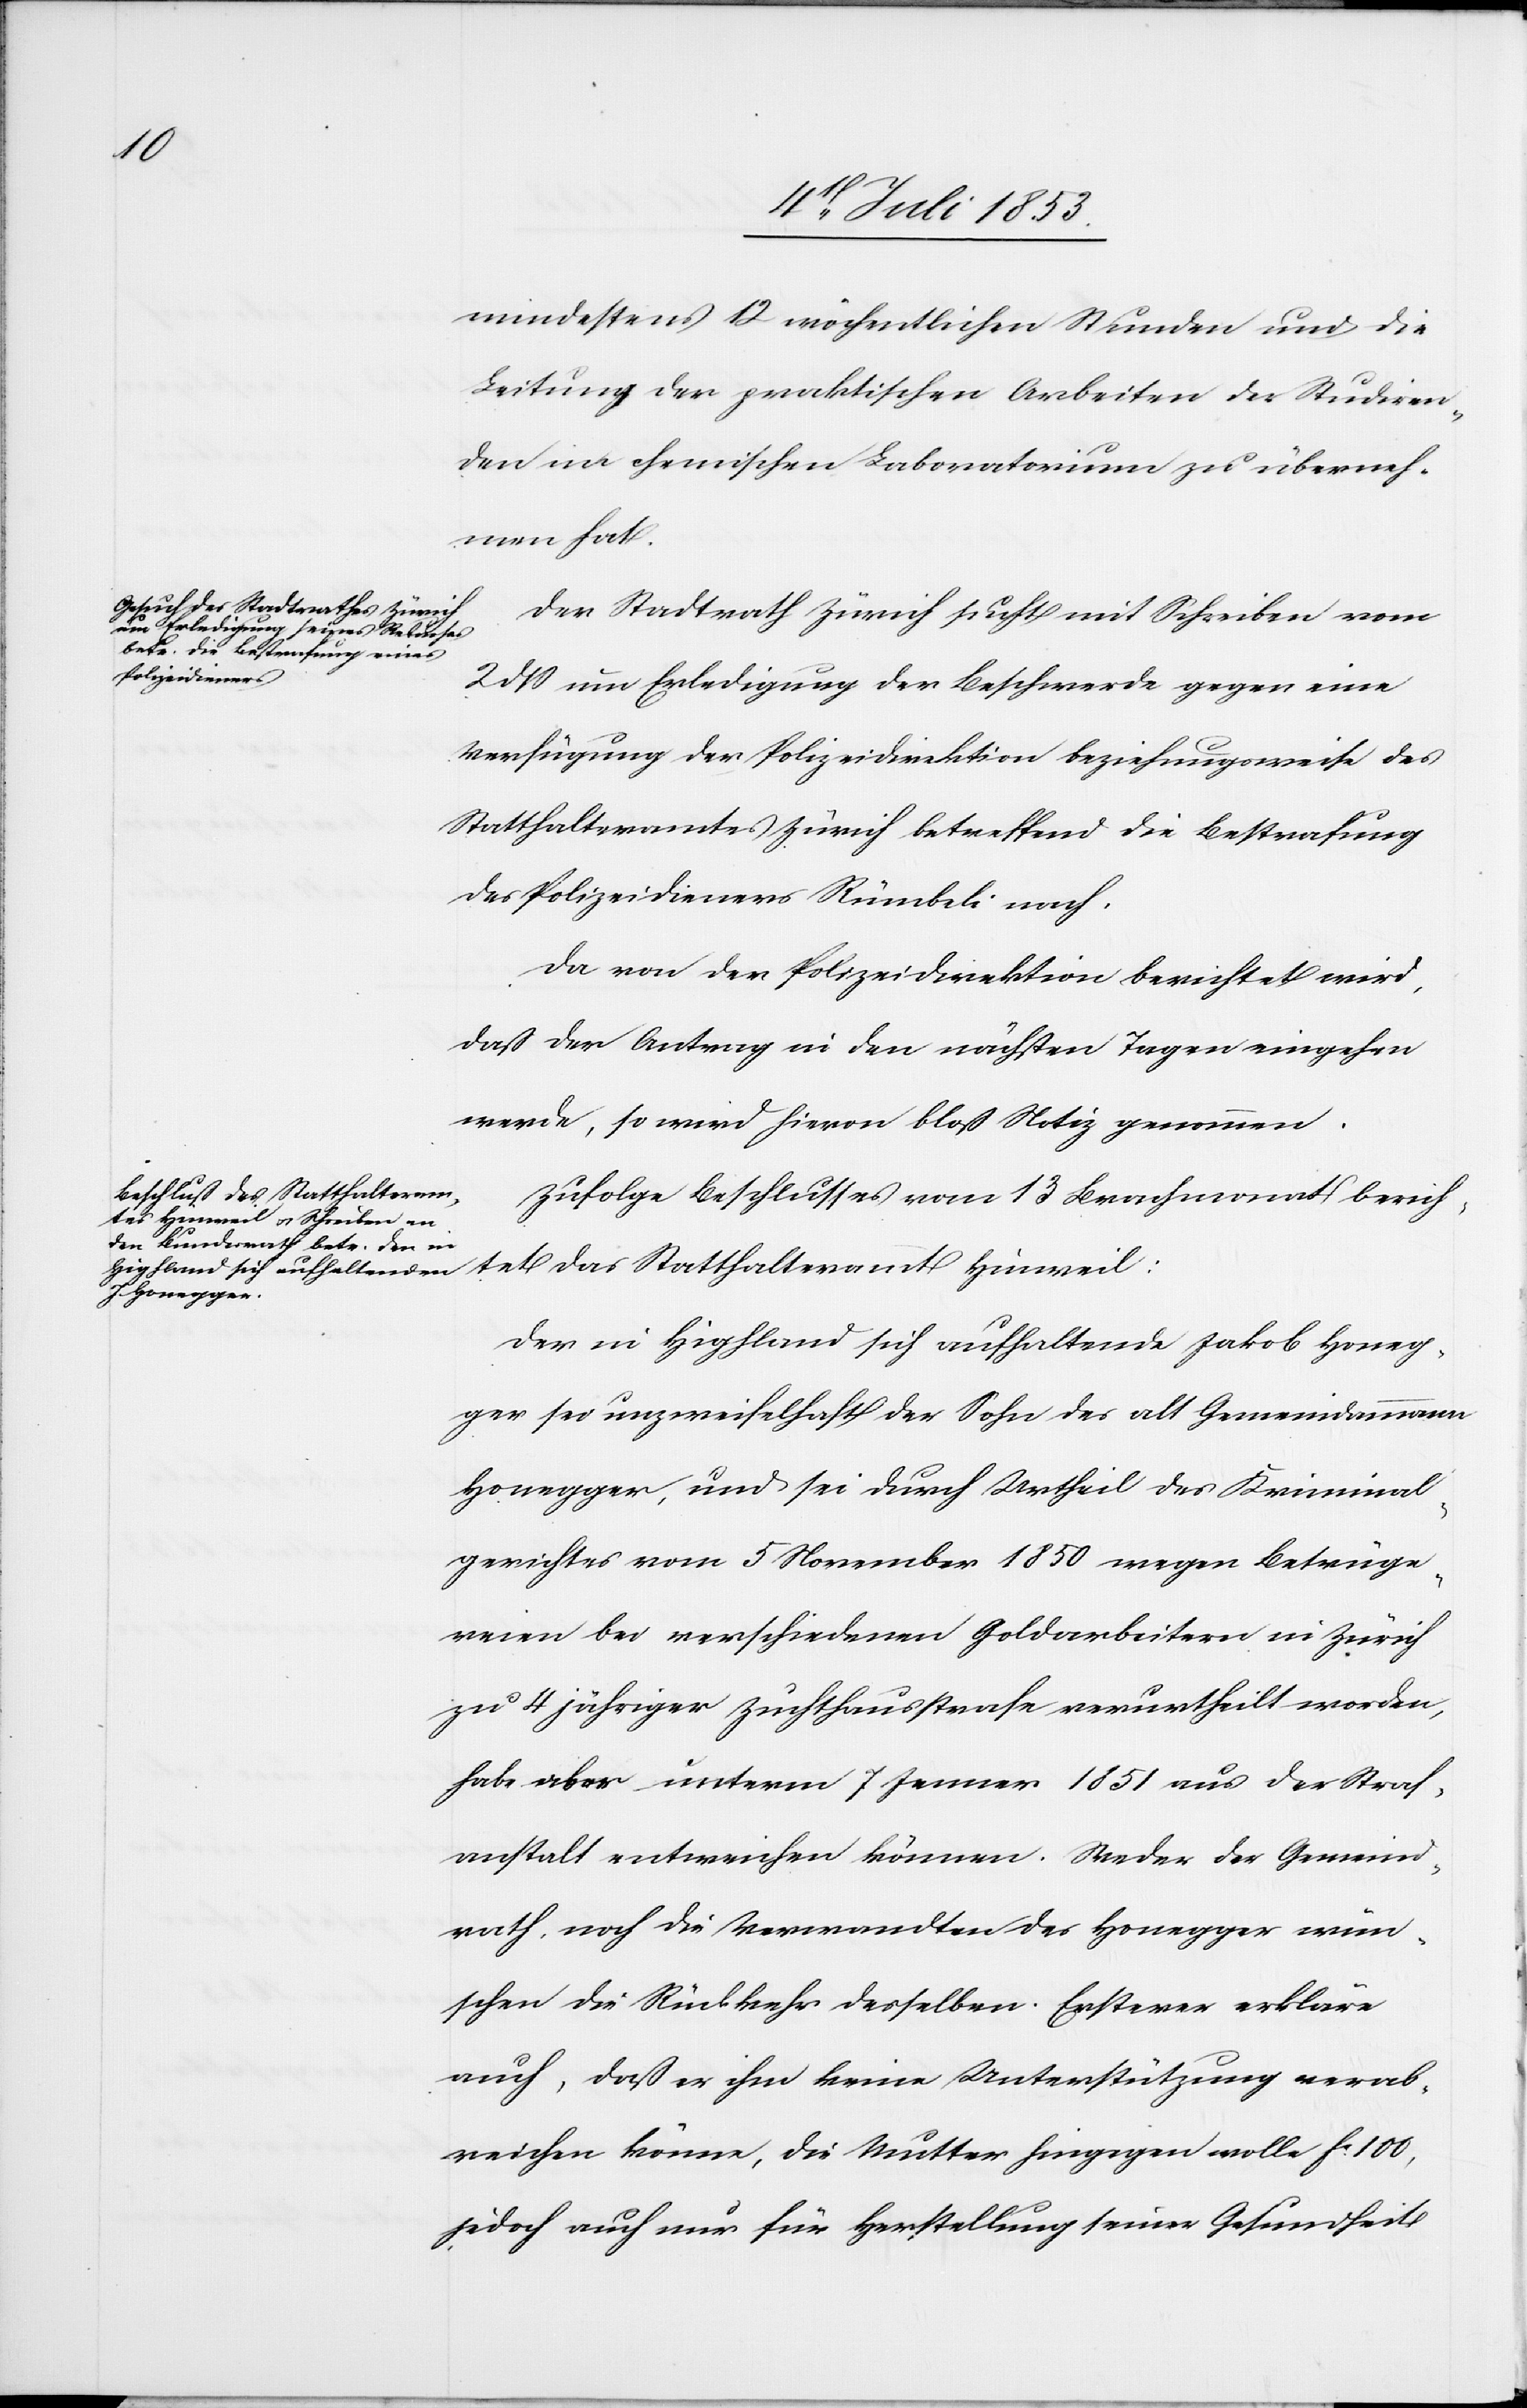
mindestens 12 wöchentlichen Stunden und die
Leitung der praktischen Arbeiten der Studiren¬
den im chemischen Laboratorium zu überneh¬
men hat.
Der Stadtrath Zürich sucht mit Schreiben vom
2 dß um Erledigung der Beschwerde gegen eine
Verfügung der Polizeidirektion beziehungsweise des
Statthalteramtes Zürich betreffend die Bestrafung
des Polizeidieners Rümbli nach.
Da von der Polizeidirektion berichtet wird,
daß der Antrag in den nächsten Tagen eingehen
werde, so wird hievon bloß Notiz genommen.
Zufolge Beschlußes vom 13 Brachmonat berich¬
tet das Statthalteramt Hinweil:
Der in Highland sich aufhaltende Jakob Honeg¬
ger sei unzweifelhaft der Sohn des alt Gemeindammann
Honegger, und sei durch Urtheil des Kriminal¬
gerichtes vom 5 November 1850 wegen Betrüge¬
reien bei verschiedenen Goldarbeitern in Zürich
zu 4 jähriger Zuchthausstrafe verurtheilt worden,
habe aber unterm 7 Jenner 1851 aus der Straf¬
anstalt entweichen können. Weder der Gemeind¬
rath noch die Verwandten des Honegger wün¬
schen die Rückkehr desselben. Ersterer erkläre
auch, daß er ihm keine Unterstützung verab¬
reichen könne, die Mutter hingegen wolle fr. 100,
jedoch auch nur für Herstellung seiner Gesundheit